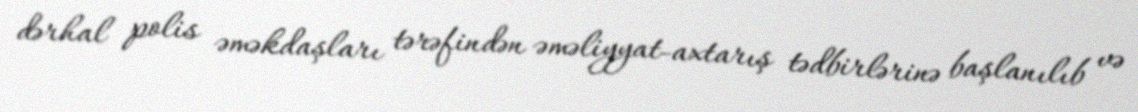
dərhal polis əməkdaşları tərəfindən əməliyyat-axtarış tədbirlərinə başlanılıb və